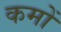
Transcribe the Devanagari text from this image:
कमों